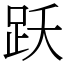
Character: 跃